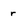
Character: r